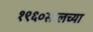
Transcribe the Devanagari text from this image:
१९६०सालच्या